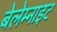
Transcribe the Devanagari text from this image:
बेलेम्नाइट